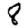
Digit: 8